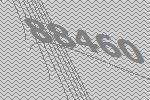
88460